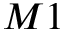
M 1